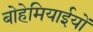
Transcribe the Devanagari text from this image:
बोहेमियाईयों